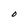
Character: O